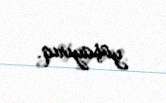
yaşayırıq.